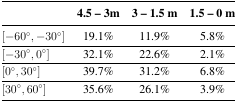
|  | 4.5 – 3m | 3 – 1.5 m | 1.5 – 0 m |
 | --- | --- | --- | --- |
 | [−60°, −30°] | 19.1% | 11.9% | 5.8% |
 | [−30°, 0°] | 32.1% | 22.6% | 2.1% |
 | [0°, 30°] | 39.7% | 31.2% | 6.8% |
 | [30°, 60°] | 35.6% | 26.1% | 3.9% |